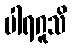
ပါရဂူသိ